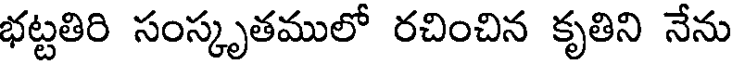
భట్టతిరి సంస్కృతములో రచించిన కృతిని నేను